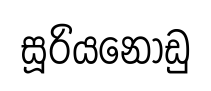
සූරියනෝඩු